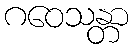
ဂဝေသန္တာ